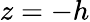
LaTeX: z=-h